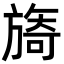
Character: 旖